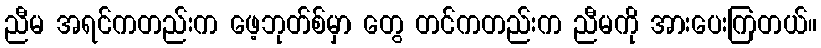
ညီမ အရင်ကတည်းက ဖေ့ဘုတ်စ်မှာ တွေ တင်ကတည်းက ညီမကို အားပေးကြတယ်။